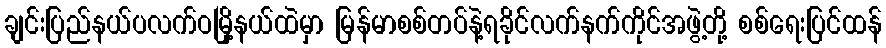
ချင်းပြည်နယ်ပလက်ဝမြို့နယ်ထဲမှာ မြန်မာစစ်တပ်နဲ့ရခိုင်လက်နက်ကိုင်အဖွဲ့တို့ စစ်ရေးပြင်ထန်